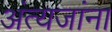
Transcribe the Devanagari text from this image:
अंत्यजांना